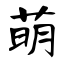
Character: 萌